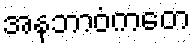
အနဘာဝံကတေ